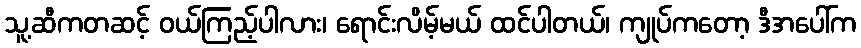
သူ့ဆီကတဆင့် ဝယ်ကြည့်ပါလား၊ ရောင်းလိမ့်မယ် ထင်ပါတယ်၊ ကျုပ်ကတော့ ဒီအပေါ်က